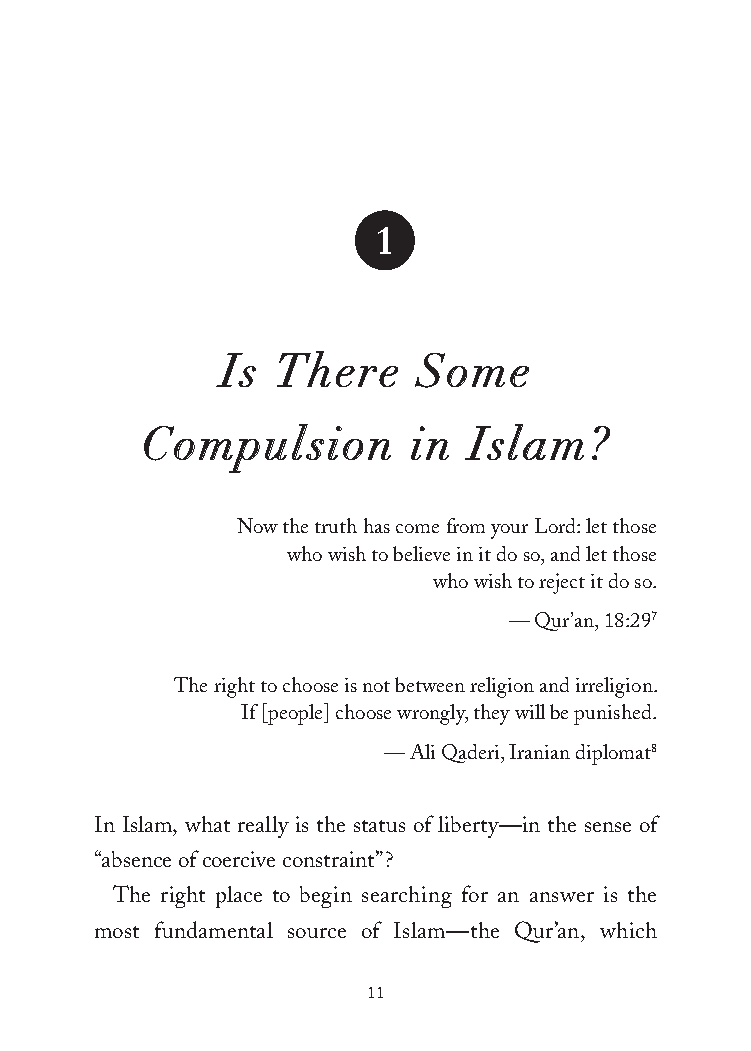
1
 Is There     Some
 Compulsion       in  Islam?
 Now the truth has come from your Lord: let those
 who wish to believe in it do so, and let those
 who wish to reject it do so.
 — Qur’an, 18:297
 The right to choose is not between religion and irreligion.
 If [people] choose wrongly, they will be punished.
 — Ali Qaderi, Iranian diplomat8
 In Islam, what really is the status of liberty—in the sense of
 “absence of coercive constraint”?
 The right place to begin searching for an answer is the
 most fundamental source of Islam—the Qur’an, which
 11
 25320_Ch01.indd 11                      24/06/2021 8:32 AM